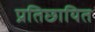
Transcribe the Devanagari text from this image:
प्रतिछायित